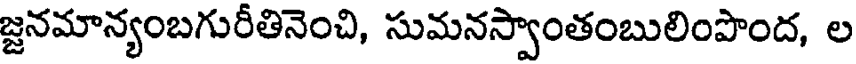
జ్జనమాన్యంబగురీతినెంచి, సుమనస్వాంతంబులింపొంద, ల